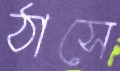
ঠাসে